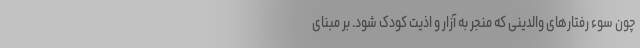
چون سوء رفتارهای والدینی که منجر به آزار و اذیت کودک شود. بر مبنای